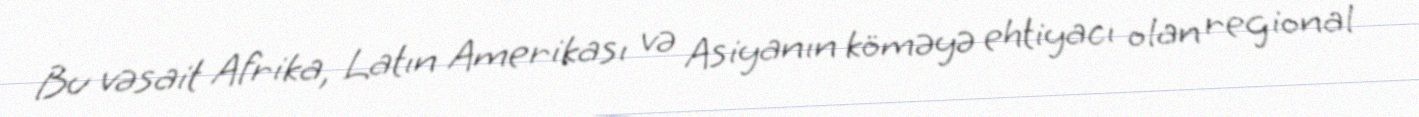
Bu vəsait Afrika, Latın Amerikası və Asiyanın köməyə ehtiyacı olan regional